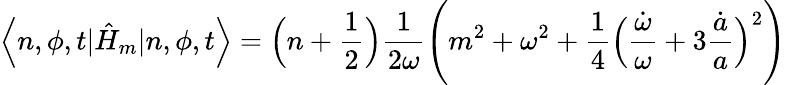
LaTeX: \left<n,\phi,t|\hat{H}_{m}|n,\phi,t\right>=\Bigl(n+\frac{1}{2}\Bigr)\frac{1}{2\omega}\Biggl(m^{2}+\omega^{2}+\frac{1}{4}\Bigl(\frac{\dot{\omega}}{\omega}+3\frac{\dot{a}}{a}\Bigr)^{2}\Biggr)